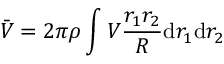
\bar { V } = 2 \pi \rho \int V \frac { r _ { 1 } r _ { 2 } } { R } \mathrm { d } r _ { 1 } \mathrm { d } r _ { 2 }